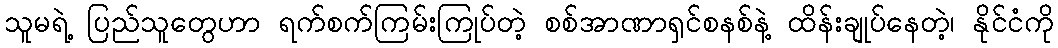
သူမရဲ့ ပြည်သူတွေဟာ ရက်စက်ကြမ်းကြုပ်တဲ့ စစ်အာဏာရှင်စနစ်နဲ့ ထိန်းချုပ်နေတဲ့၊ နိုင်ငံကို